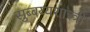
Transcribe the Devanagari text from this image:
सुब्बय्यशास्त्री